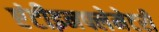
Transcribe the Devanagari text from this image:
एंटीइनफ्लेमेटरी